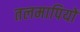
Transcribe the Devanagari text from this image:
तलमापियों